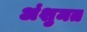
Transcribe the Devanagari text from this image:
अंशुमत